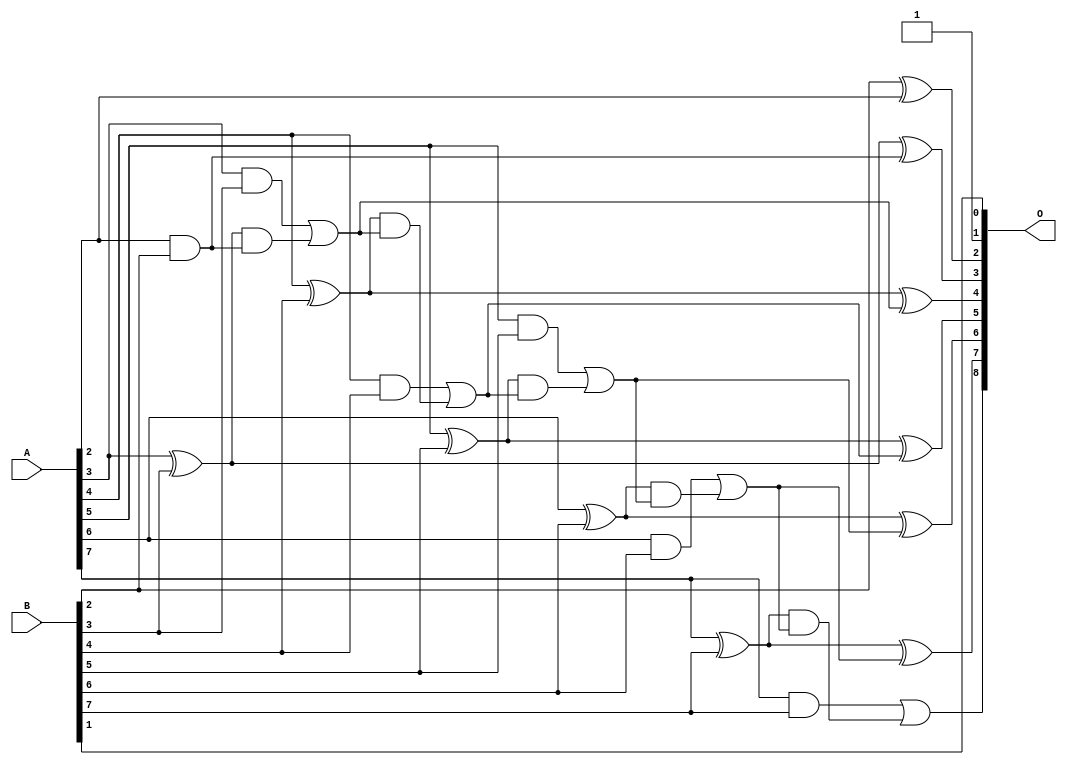
/***
* This code is a part of EvoApproxLib library (ehw.fit.vutbr.cz/approxlib) distributed under The MIT License.
* When used, please cite the following article(s):  
* This file contains a circuit from a sub-set of pareto optimal circuits with respect to the pwr and mse parameters
***/
// MAE% = 0.21 %
// MAE = 1.1 
// WCE% = 0.59 %
// WCE = 3.0 
// WCRE% = 100.00 %
// EP% = 75.00 %
// MRE% = 0.61 %
// MSE = 2.0 
// PDK45_PWR = 0.023 mW
// PDK45_AREA = 52.6 um2
// PDK45_DELAY = 0.47 ns


module add8u_01R(A, B, O);
  input [7:0] A, B;
  output [8:0] O;
  wire sig_24, sig_27, sig_28, sig_29, sig_30, sig_32;
  wire sig_33, sig_34, sig_35, sig_37, sig_38, sig_39;
  wire sig_40, sig_42, sig_43, sig_44, sig_45, sig_47;
  wire sig_48, sig_49, sig_50;
  assign O[1] = 1'b1;
  assign O[2] = B[2] ^ A[2];
  assign sig_24 = A[2] & B[2];
  assign sig_27 = sig_24;
  assign sig_28 = A[3] ^ B[3];
  assign sig_29 = A[3] & B[3];
  assign sig_30 = sig_28 & sig_27;
  assign O[3] = sig_28 ^ sig_27;
  assign sig_32 = sig_29 | sig_30;
  assign sig_33 = A[4] ^ B[4];
  assign sig_34 = A[4] & B[4];
  assign sig_35 = sig_33 & sig_32;
  assign O[4] = sig_33 ^ sig_32;
  assign sig_37 = sig_34 | sig_35;
  assign sig_38 = A[5] ^ B[5];
  assign sig_39 = A[5] & B[5];
  assign sig_40 = sig_38 & sig_37;
  assign O[5] = sig_38 ^ sig_37;
  assign sig_42 = sig_39 | sig_40;
  assign sig_43 = A[6] ^ B[6];
  assign sig_44 = A[6] & B[6];
  assign sig_45 = sig_43 & sig_42;
  assign O[6] = sig_43 ^ sig_42;
  assign sig_47 = sig_44 | sig_45;
  assign sig_48 = A[7] ^ B[7];
  assign sig_49 = A[7] & B[7];
  assign sig_50 = sig_48 & sig_47;
  assign O[7] = sig_48 ^ sig_47;
  assign O[8] = sig_49 | sig_50;
  assign O[0] = B[1];
endmodule